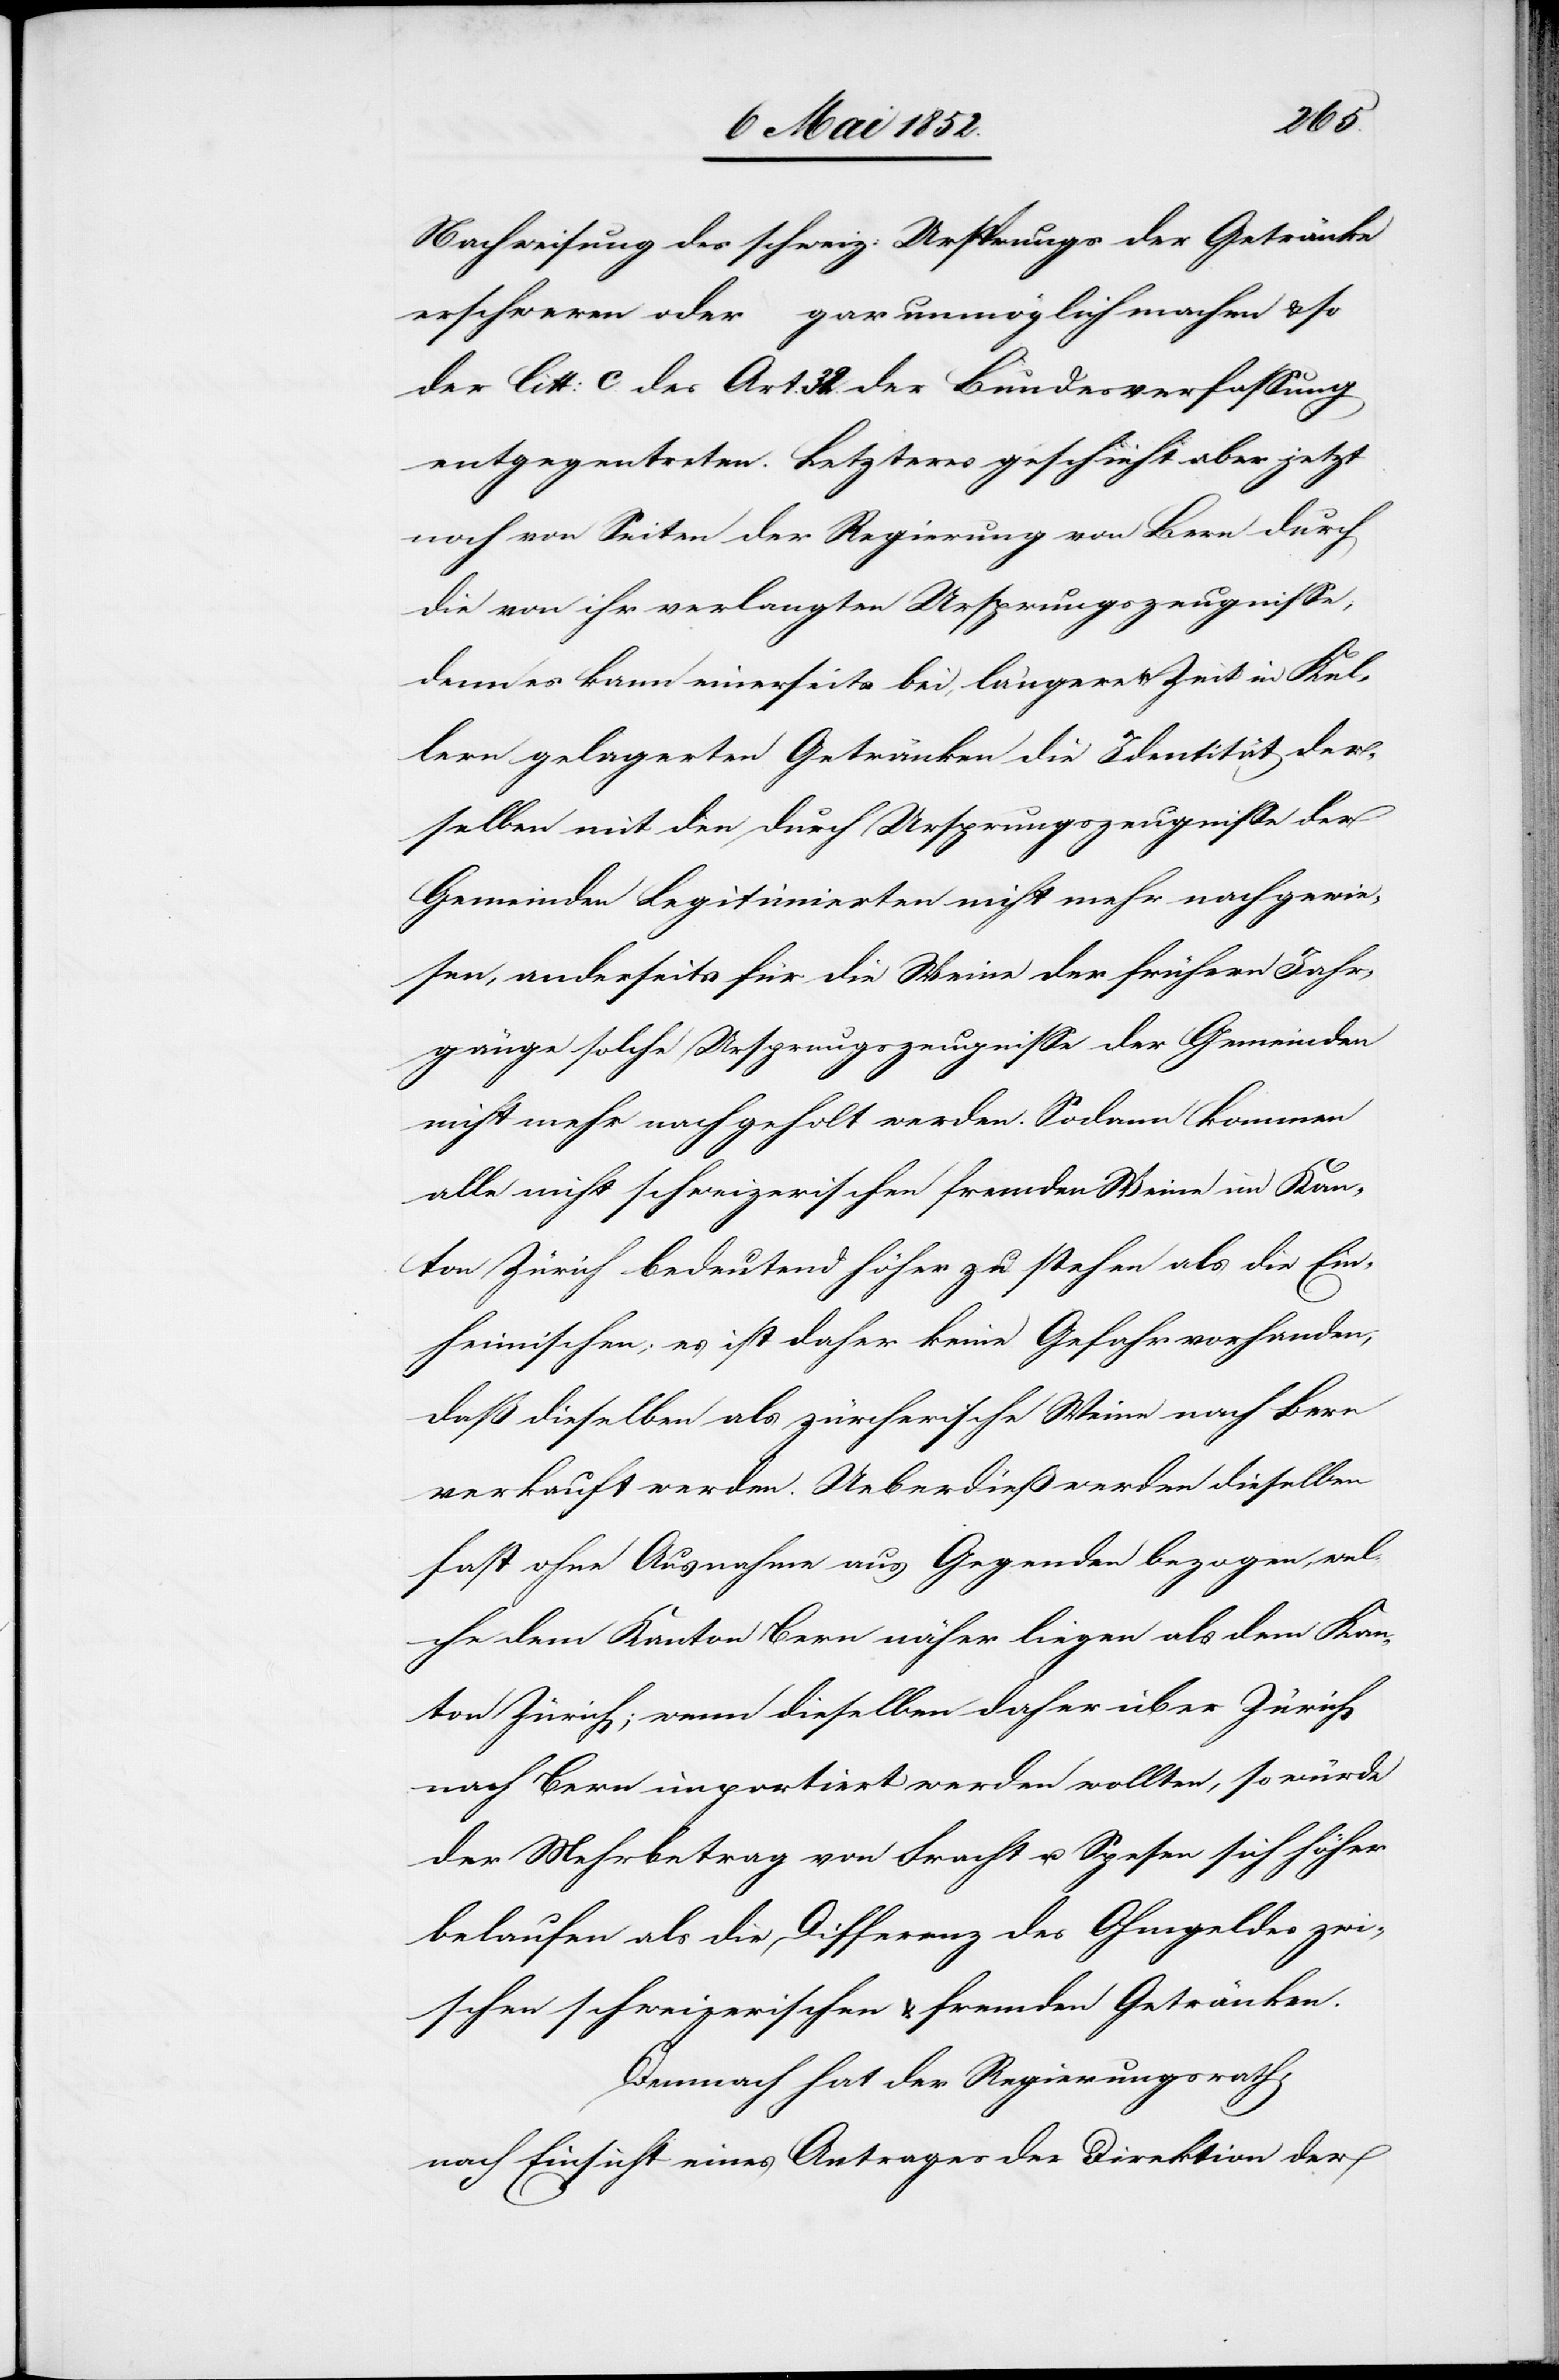
Nachweisung des schweiz: Ursprungs der Getränke
erschweren oder gar unmöglich machen & so
der litt: c des Art. 32. der Bundesverfassung
entgegentreten. Letzteres geschieht aber jetzt
noch von Seiten der Regierung von Bern durch
die von ihr verlangten Ursprungszeugnisse,
denn es kann einerseits bei längerer Zeit in Kel¬
lern gelagerten Getränken die Identität der¬
selben mit den durch Ursprungszeugnisse der
Gemeinden Legitimierten nicht mehr nachgewie¬
sen, anderseits für die Weine der frühern Jahr¬
gänge solche Ursprungszeugnisse der Gemeinden
nicht mehr nachgeholt werden. Sodann kommen
alle nicht schweizerischen fremden Weine im Kan¬
ton Zürich bedeutend höher zu stehen als die Ein¬
heimischen; es ist daher keine Gefahr vorhanden,
daß dieselben als zürcherische Weine nach Bern
verkauft werden. Ueberdieß werden dieselben
fast ohne Ausnahme aus Gegenden bezogen, wel¬
che dem Kanton Bern näher liegen als dem Kan¬
ton Zürich; wenn dieselben daher über Zürich
nach Bern importiert werden wollten, so würde
der Mehrbetrag von Fracht u. Spesen sich höher
belaufen als die Differenz des Ohmgeldes zwi¬
schen schweizerischen & fremden Getränken.
Demnach hat der Regierungsrath,
nach Einsicht eines Antrages der Direktion der